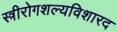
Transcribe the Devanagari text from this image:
स्त्रीरोगशल्यविशारद